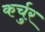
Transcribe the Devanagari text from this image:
कर्चुर